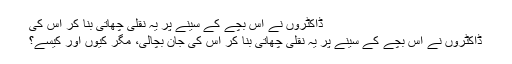
ڈاکٹروں نے اس بچے کے سینے پر یہ نقلی چھاتی بنا کر اس کی
ڈاکٹروں نے اس بچے کے سینے پر یہ نقلی چھاتی بنا کر اس کی جان بچالی، مگر کیوں اور کیسے؟